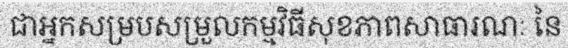
ជាអ្នកសម្របសម្រួលកម្មវិធីសុខភាពសាធារណៈ នៃ